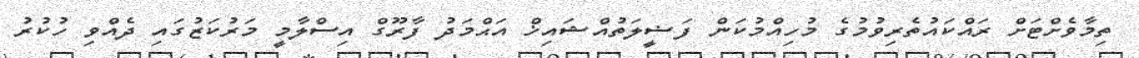
ތިމާވެށްޓަށް ރައްކައުތެރިވުމުގެ މުހިއްމުކަން ފަޟީލަތުއްޝައިޚް އަޙްމަދު ފާރޫގް އިސްލާމީ މަރުކަޒުގައި ދެއްވި ހުކުރު